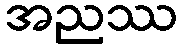
အညဿ